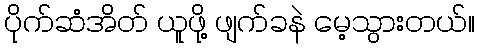
ပိုက်ဆံအိတ် ယူဖို့ ဖျက်ခနဲ မေ့သွားတယ်။